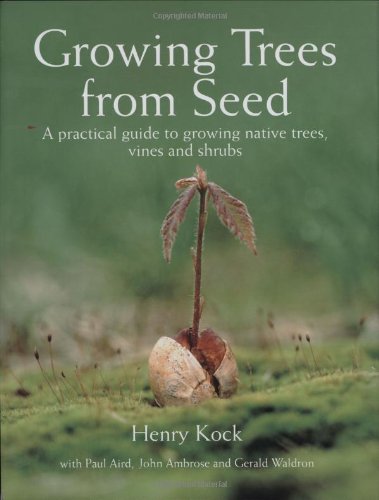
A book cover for Growing Trees from Seed: A Practical Guide to Growing Native Trees, Vines and Shrubs; Henry Kock; Crafts, Hobbies & Home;